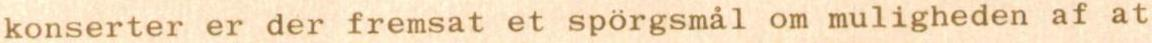
konserter er der fremsat et spörgsmål om muligheden af at